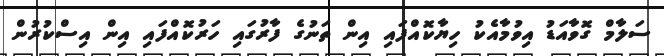
ސަލާމް ގޮވާއަޑު އިވުމާއެކު ހިޔާކޮއްފައި އިން ތަނުގެ ފާރުގައި ހަރުކޮއްފައި އިން އިސްކުރުން